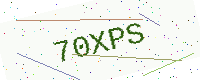
Text: 70XPS